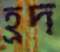
হ্রদ